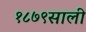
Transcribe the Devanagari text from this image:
१८७९साली